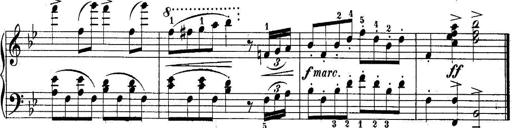
Title: 10 Sonatines progressives
Composer: Anton Schmoll